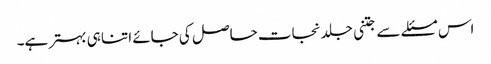
اس مسئلے سے جتنی جلد نجات حاصل کی جائے اتنا ہی بہتر ہے۔